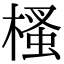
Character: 㮻